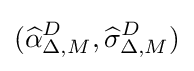
({\widehat {\alpha }}_{\Delta ,M}^{D},{\widehat {\sigma }}_{\Delta ,M}^{D})